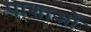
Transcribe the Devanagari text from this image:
पाशाओं